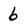
Character: 6